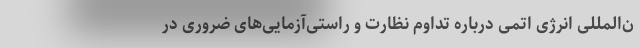
ن‌المللی انرژی اتمی درباره تداوم نظارت و راستی‌آزمایی‌های ضروری در